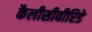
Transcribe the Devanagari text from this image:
कैलीसीवीरिडे